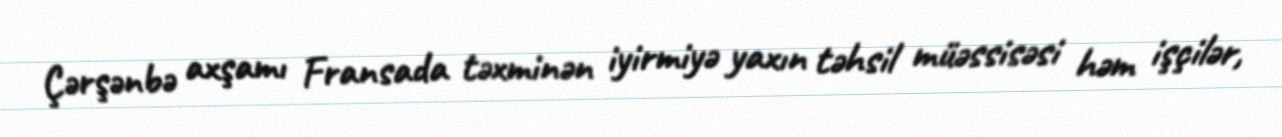
Çərşənbə axşamı Fransada təxminən iyirmiyə yaxın təhsil müəssisəsi həm işçilər,